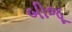
બીજૂ